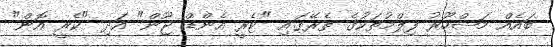
ބައެއް މަޝްހޫރު ފިލްމުތަކުގެ ތެރޭގައި "ޓެރީ އެންޑް ޖޫން" އަދި "ކެރީ އޮން"